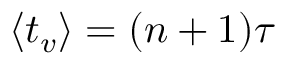
{ \ensuremath { \left\langle t _ { v } \right\rangle } } = ( n + 1 ) \tau